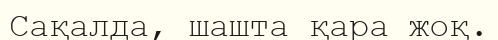
Сақалда, шашта қара жоқ.